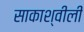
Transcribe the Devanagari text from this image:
साकाश्वीली